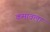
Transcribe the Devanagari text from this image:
कमावला